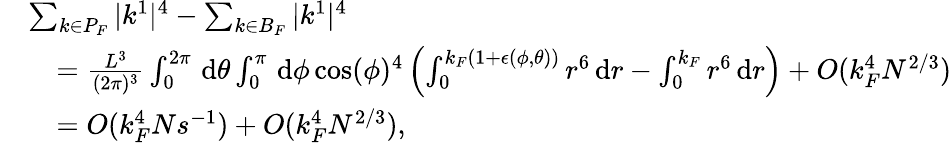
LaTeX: \begin{array}{rl}&{\sum_{k\in P_{F}}|k^{1}|^{4}-\sum_{k\in B_{F}}|k^{1}|^{4}}\\ &{\quad=\frac{L^{3}}{(2\pi)^{3}}\int_{0}^{2\pi}\, \textnormal{d}\theta\int_{0}^{\pi}\, \textnormal{d}\phi\cos(\phi)^{4}\left(\int_{0}^{k_{F}(1+\epsilon(\phi,\theta))}r^{6}\, \textnormal{d}r-\int_{0}^{k_{F}}r^{6}\, \textnormal{d}r\right)+O(k_{F}^{4}N^{2/3})}\\ &{\quad=O(k_{F}^{4}Ns^{-1})+O(k_{F}^{4}N^{2/3}),}\end{array}